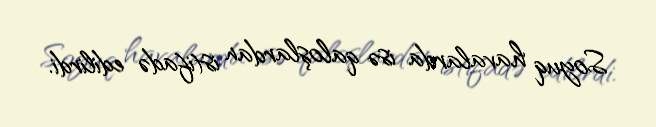
Soyuq havalarda isə qaloşlardan istifadə edilirdi.